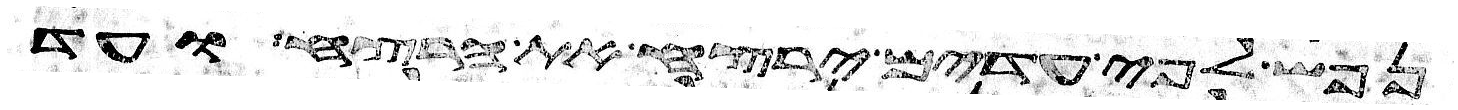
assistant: נפש לפי עדים ירצח את הרצח ועד